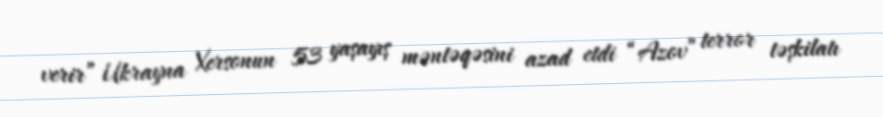
verir” Ukrayna Xersonun 53 yaşayış məntəqəsini azad etdi “Azov” terror təşkilatı